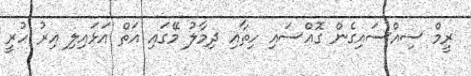
ރީމް ސިއްސައިގެން ގޮއްސައި ހިތާއި ދިމާލު މޭގައި އަތް އަޅައިލި އިރު ހުރީ